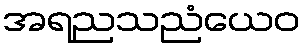
အရညသညံယေဝ